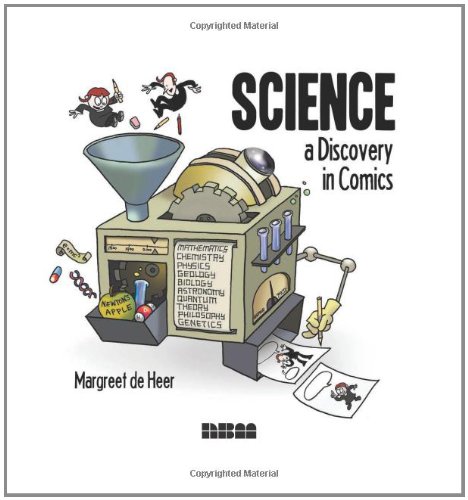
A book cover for Science: A Discovery in Comics; Margreet de Heer; Science & Math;